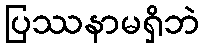
ပြဿနာမရှိဘဲ